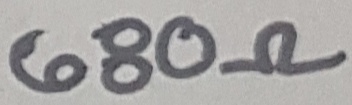
Text: 680Ω